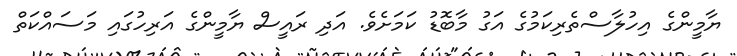
ޔާމީންގެ އިހުލާސްތެރިކަމުގެ އަގު މާބޮޑު ކަމަށެވެ. އަދި ރައީސް ޔާމީންގެ އަރިހުގައި މަސައްކަތް